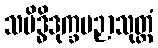
သမိဒ္ဓိဒုက္ခပဉှာသုတ္တံ